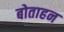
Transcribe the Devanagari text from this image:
बोताहन